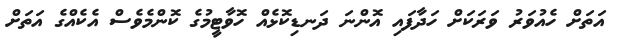
އަތަށް ހެއުވަރު ވަރަކަށް ހަދާފައި އޮންނަ ދަނޑިކޮޅެއް ހޮވާޓީމުގެ ކޮންމެވެސް އެކެއްގެ އަތަށް